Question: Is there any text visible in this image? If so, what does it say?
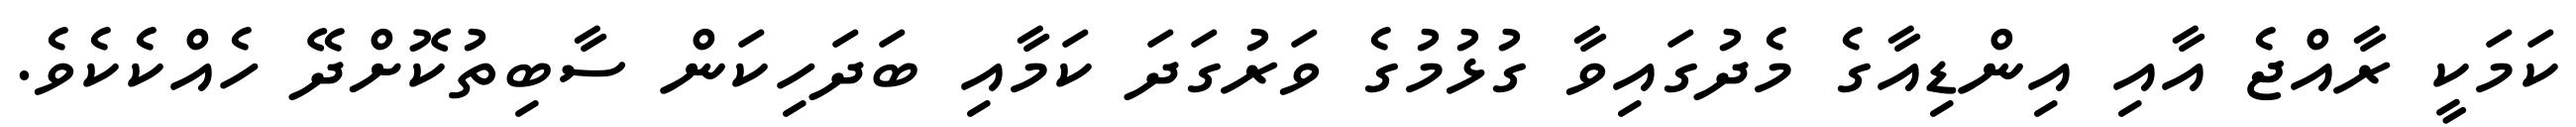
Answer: ކަމަކީ ރާއްޖެ އާއި އިންޑިއާގެ މެދުގައިވާ ގުޅުމުގެ ވަރުގަދަ ކަމާއި ބަދަހިކަން ސާބިތުކޮށްދޭ ހެއްކެކެވެ.